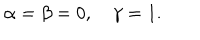
LaTeX: \alpha = \beta = 0 , \quad \gamma = 1 .